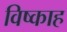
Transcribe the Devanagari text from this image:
विष्काह